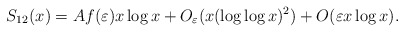
\begin{align*}S_{12}(x)=Af(\varepsilon)x\log x+O_{\varepsilon}(x(\log\log x)^2)+O(\varepsilon x\log x).\end{align*}